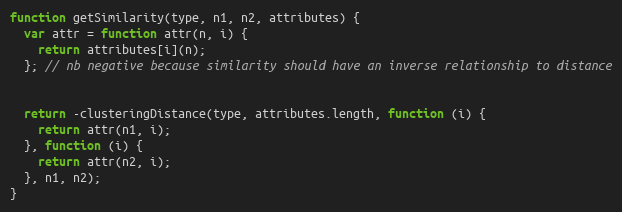
Language: JavaScript
function getSimilarity(type, n1, n2, attributes) {
  var attr = function attr(n, i) {
    return attributes[i](n);
  }; // nb negative because similarity should have an inverse relationship to distance

  return -clusteringDistance(type, attributes.length, function (i) {
    return attr(n1, i);
  }, function (i) {
    return attr(n2, i);
  }, n1, n2);
}